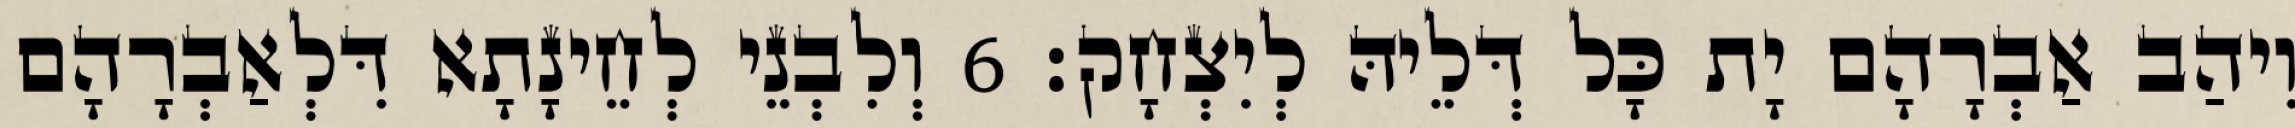
וִיהַב אַבְרָהָם יָת כָּל דְּלֵיהּ לְיִצְחָק׃ 6 וְלִבְנֵי לְחֵינָתָא דִּלְאַבְרָהָם